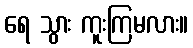
ရေ သွား ကူးကြမလား။